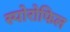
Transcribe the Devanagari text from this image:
स्पोरोफिल